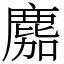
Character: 䴥